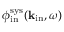
\phi _ { \mathrm { i n } } ^ { \mathrm { s y s } } ( { \bf k } _ { \mathrm { i n } } , \omega )